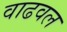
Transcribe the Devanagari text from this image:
वाढवल